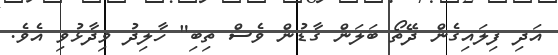
އަދި ފިލައިގެން ދޭތޯ ބަލަން ގާޑުން ވެސް ތިބި" ހާލިދު ވިދާޅުވި އެވެ.